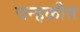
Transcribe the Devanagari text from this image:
पन्हळीत